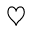
\heartsuit